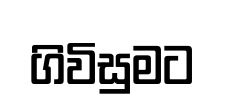
ගිවිසුමට